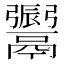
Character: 𩱜